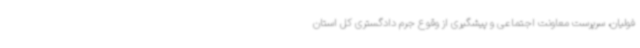
فولیان، سرپرست معاونت اجتماعی و پیشگیری از وقوع جرم دادگستری کل استان